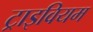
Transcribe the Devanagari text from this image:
ट्राइवियम